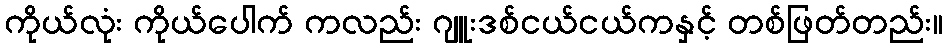
ကိုယ်လုံး ကိုယ်ပေါက် ကလည်း ဂျူးဒစ်ငယ်ငယ်ကနှင့် တစ်ဖြတ်တည်း။